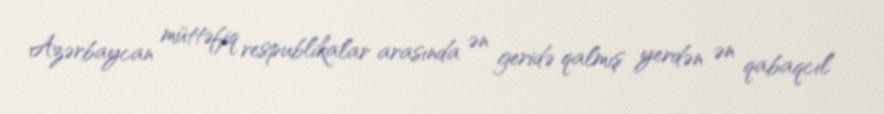
Azərbaycan müttəfiq respublikalar arasında ən geridə qalmış yerdən ən qabaqcıl